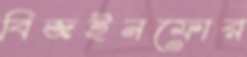
বিজইনফোর